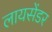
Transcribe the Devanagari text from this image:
लायसेंडर